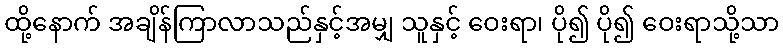
ထို့နောက် အချိန်ကြာလာသည်နှင့်အမျှ သူနှင့် ဝေးရာ၊ ပို၍ ပို၍ ဝေးရာသို့သာ